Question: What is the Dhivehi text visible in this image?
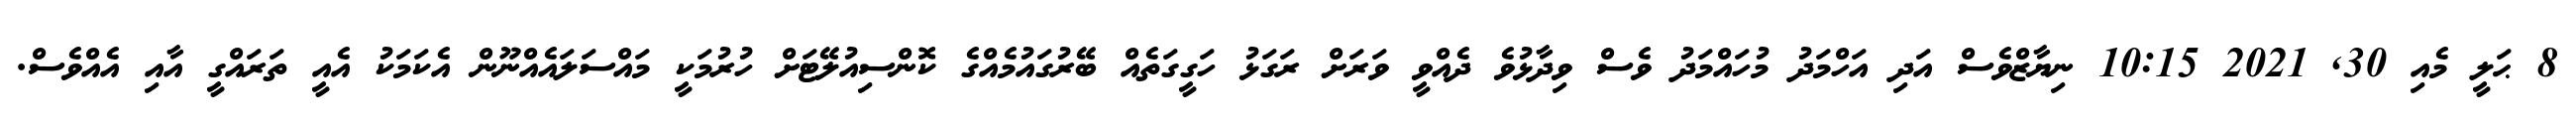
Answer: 8 ޙަލީ މެއި 30, 2021 10:15 ނިޔާޒްވެސް އަދި އަހްމަދު މުހައްމަދު ވެސް ވިދާޅުވެ ދެއްވީ ވަރަށް ރަގަޅު ހަގީގަތެއް ބޭރުގައުމެއްގެ ކޮންސިއުލޭޓަށް ހުރުމަކީ މައްސަލައެއްނޫން އެކަމަކު އެއީ ތަރައްގީ އާއި އެއްވެސް.